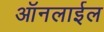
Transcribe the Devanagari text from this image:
ऑनलाईल